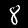
Digit: 8